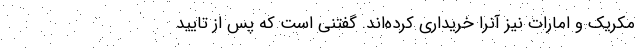
مکریک و امارات نیز آنرا خریداری کرده‌اند. گفتنی است که پس از تایید